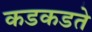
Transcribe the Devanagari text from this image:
कडकडते